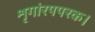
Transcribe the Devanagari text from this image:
शृगांरपपरक।